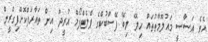
އެވެ އަސާސީ މައުލޫމާތުތައް ހިލޭ ލިބޭ ފޭސްބުކްގެ ޕްލެޓްފޯމް އުރީދޫ އިން ތައާރަފްކޮށްފިގްރީން